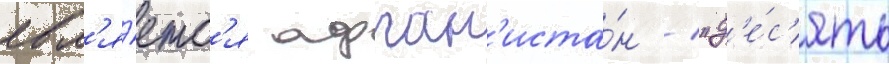
явл'я́етс'я афган'иста́н / "д'е́с'ять